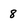
Character: 8